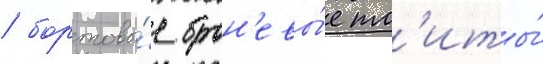
/ бортовы́е брон'евы́е пл'иты́